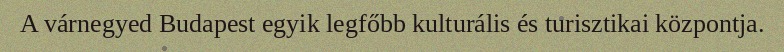
A várnegyed Budapest egyik legfőbb kulturális és turisztikai központja.